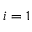
i = 1